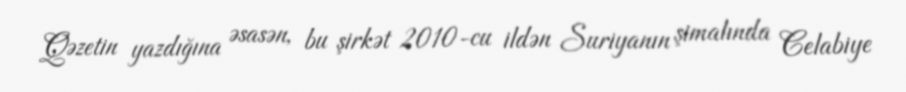
Qəzetin yazdığına əsasən, bu şirkət 2010-cu ildən Suriyanın şimalında Celabiye